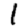
Digit: 1